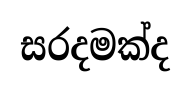
සරදමක්ද